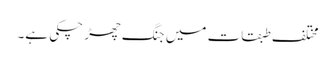
مختلف طبقات میں جنگ چھڑ چکی ہے۔